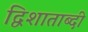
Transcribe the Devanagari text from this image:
द्विशाताब्दी